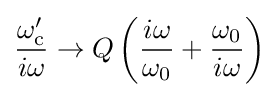
{\frac {\omega _{\text{c}}'}{i\omega }}\to Q\left({\frac {i\omega }{\omega _{0}}}+{\dfrac {\omega _{0}}{i\omega }}\right)